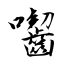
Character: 囓